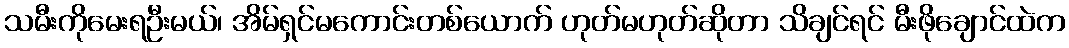
သမီးကိုမေးရဦးမယ်၊ အိမ်ရှင်မကောင်းတစ်ယောက် ဟုတ်မဟုတ်ဆိုတာ သိချင်ရင် မီးဖိုချောင်ထဲက